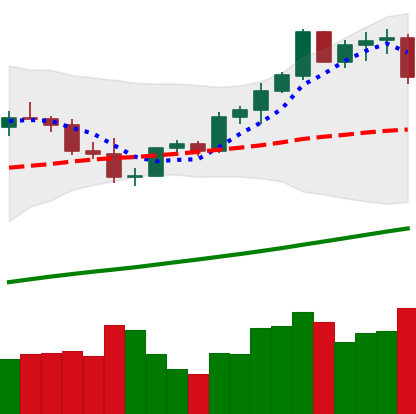
Ticker: ETH-USD
Chart end date: 2021-04-07
Forward return: 8.537%
Label: up_7plus